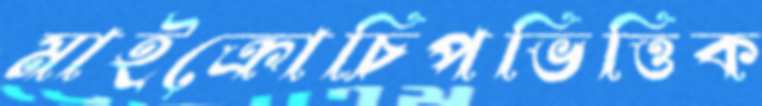
মাইক্রোচিপভিত্তিক